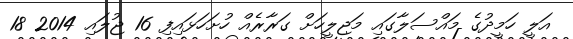
އަލީ ހަމީދުގެ މައްސަލާގައި މަޖިލީހަށް ގަރާރެއް ހުށަހަޅައިފި 16 ޖުލައި 2014 18